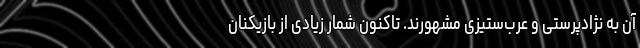
آن به نژادپرستی و عرب‌ستیزی مشهورند. تاکنون شمار زیادی از بازیکنان